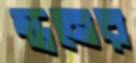
স্তনের